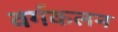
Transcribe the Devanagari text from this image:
वर्गकलन